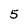
Character: 5